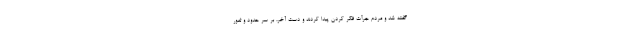
گفته شد و مردم جرأت فکر کردن پیدا کردند و دست آخر، بر سر حدود و ثغور